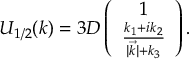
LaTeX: U _ { 1 / 2 } ( k ) = 3 D \left( \begin{array} { c c } { { 1 } } \\ { { \frac { k _ { 1 } + i k _ { 2 } } { | \vec { k } | + k _ { 3 } } } } \end{array} \right) .